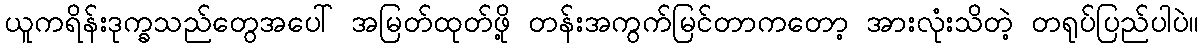
ယူကရိန်းဒုက္ခသည်တွေအပေါ် အမြတ်ထုတ်ဖို့ တန်းအကွက်မြင်တာကတော့ အားလုံးသိတဲ့ တရုပ်ပြည်ပါပဲ။